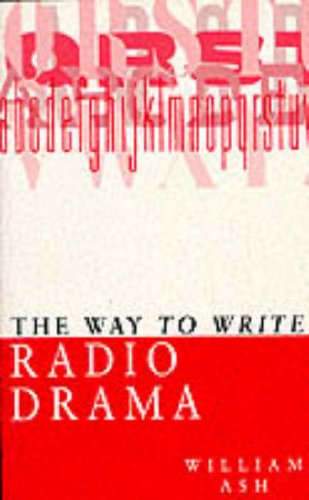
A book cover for The Way to Write Radio Drama; William Ash; Humor & Entertainment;